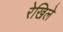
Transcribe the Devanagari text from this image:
रेखिले